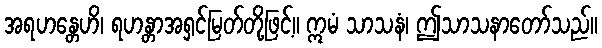
အရဟန္တေဟိ၊ ရဟန္တာအရှင်မြတ်တို့ဖြင့်။ ဣမံ သာသနံ၊ ဤသာသနာတော်သည်။